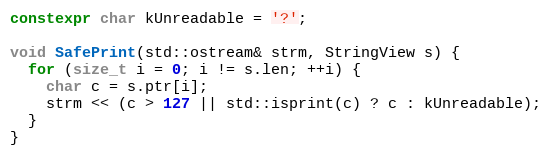
Language: C++
constexpr char kUnreadable = '?';

void SafePrint(std::ostream& strm, StringView s) {
  for (size_t i = 0; i != s.len; ++i) {
    char c = s.ptr[i];
    strm << (c > 127 || std::isprint(c) ? c : kUnreadable);
  }
}